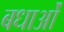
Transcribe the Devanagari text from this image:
बधाओं